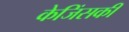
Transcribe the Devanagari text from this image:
केजिंसकी